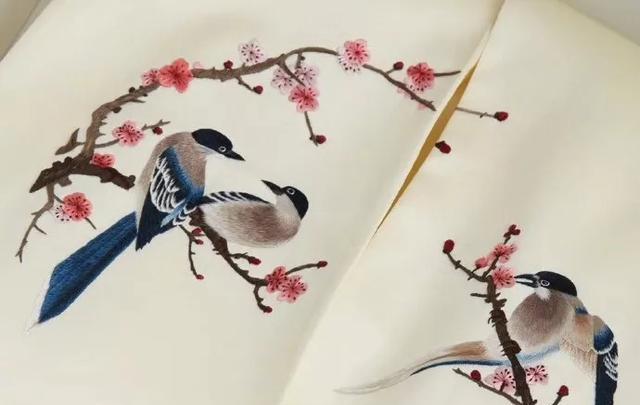
历冰霜不变好风姿，温如玉。